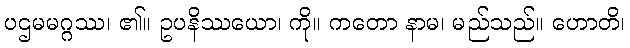
ပဌမမဂ္ဂဿ၊ ၏။ ဥပနိဿယော၊ ကို။ ကတော နာမ၊ မည်သည်။ ဟောတိ၊